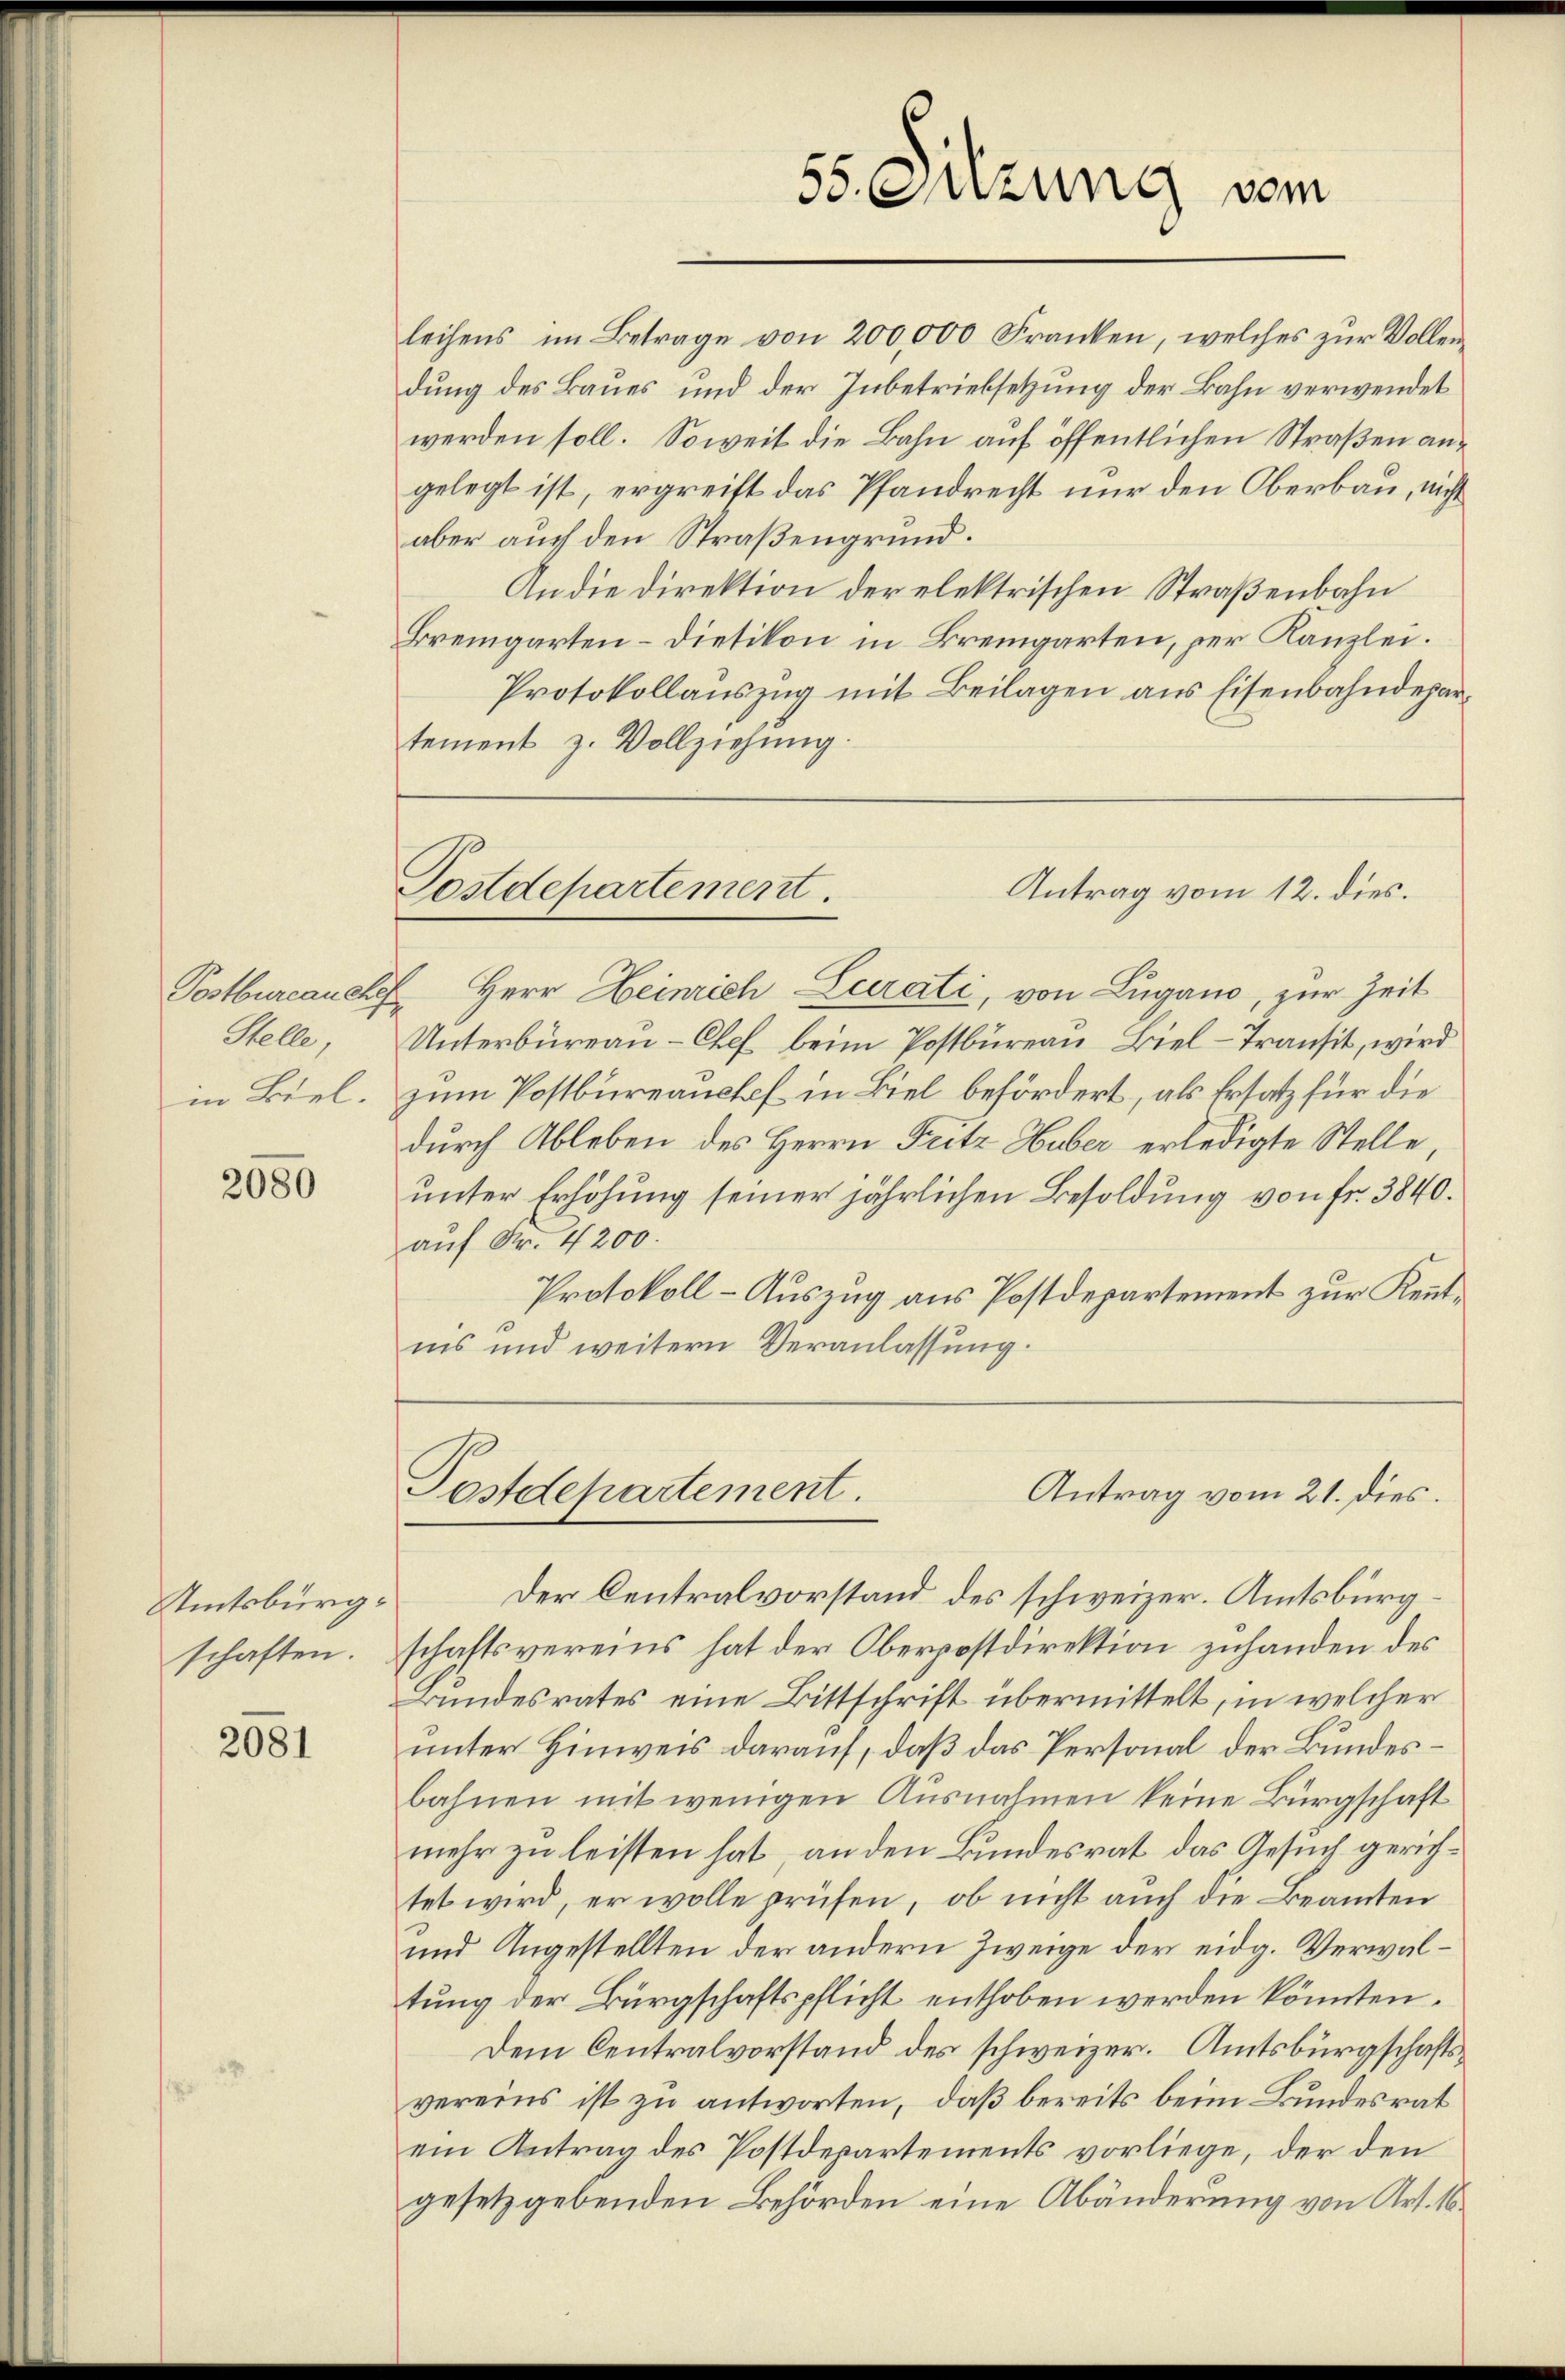
Helle,
in Biel.

2080

Amtsbürgschaften.

2081

55. Ouzung vom

dung des Baues und der Inbetriebsetzung der Bahn verwendet
werden soll. Soweit die Bahn auf öffentlichen Straßen angelegt ist, ergreift das Pfandrecht nur den Oberbau, nicht
aber auch den Straßengrund.
An die Direktion der elektrischen Straßenbahn
Bremgarten-Dietikon in Bremgarten, per Kanzlei.
Protokollauszug mit Beilagen aus Eisenbahndepartement z. Vollziehung.

Antrag vom 12. dies.
Postdepartement.

leihens im Betrage von 200,000 Franken, welches zur Vollen¬

Postbureauche Herr Heinrich-Curati, von Lugano, zur Zeit
Unterbüreau-Chef beim Postbüreau, Biel-Transit, wird
zum Postbureaushof in Biel befördert, als Ersatz für die
durch Ableben des Herrn Fritz Huber erledigte Stelle,
unter Erhöhung seiner jährlichen Besoldung von fr. 3840.
auf Nr. 4200.
Protokoll-Auszug aus Postdepartement zur Kenntins und weitern Veranlassung.

Postdepartement.
Antrag vom 21. dies.

Der Centralvorstand des schweizer. Amtsbürgschaftsvereins hat der Oberpostdirektion zuhanden des
Bundesrates eine Bittschrift übermittelt, in welcher
unter Hinweis darauf, daß das Personal der Bundesbahnen mit wenigen Ausnahmen keine Bürgschaft
mehr zu leisten hat, an den Bundesrat das Gesuch gerichtet wird, er wolle prüfen, ob nicht auch die Beamten
und Angestellten der andern Zweige der eidg. Verwaltung der Bürgschaftspflicht enthoben werden könnten.
Dem Centralvorstand des schweizer. Amtsbürgschaftsvereins ist zu antworten, daß bereits beim Bundesrat
ein Antrag des Postdepartements vorliege, der den
gesetzgebenden Behörden eine Abänderung von Art. 16.